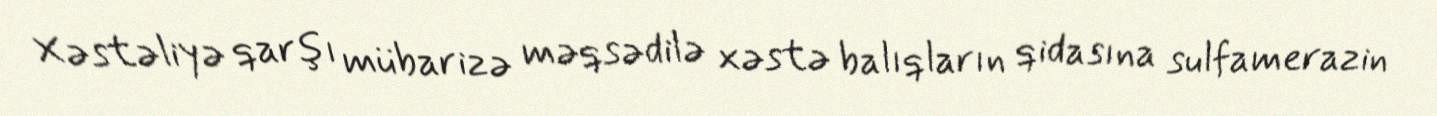
Xəstəliyə qarşı mübarizə məqsədilə xəstə balıqların qidasına sulfamerazin